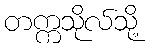
တက္ကသိုလ်သို့